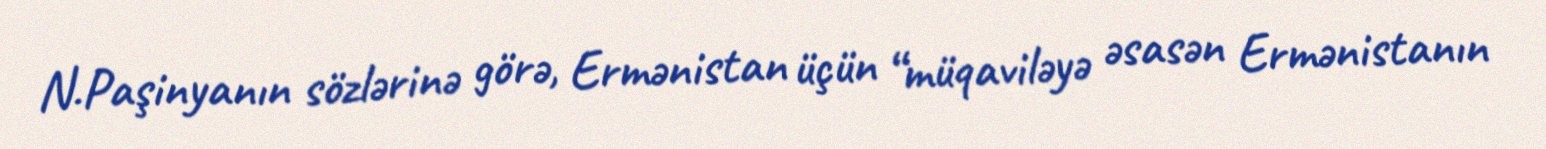
N.Paşinyanın sözlərinə görə, Ermənistan üçün “müqaviləyə əsasən Ermənistanın